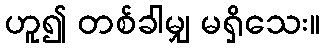
ဟူ၍ တစ်ခါမျှ မရှိသေး။